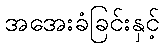
အအေးခံခြင်းနှင့်